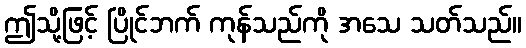
ဤသို့ဖြင့် ပြိုင်ဘက် ကုန်သည်ကို အသေ သတ်သည်။